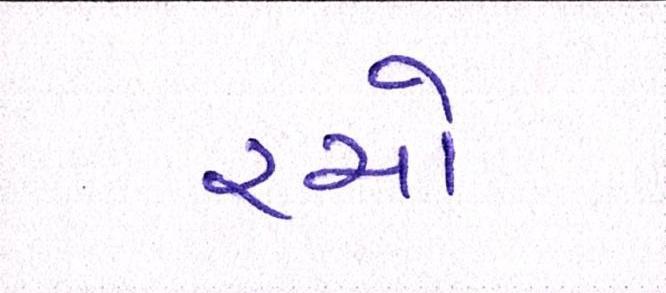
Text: રચો